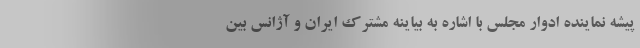
پیشه نماینده ادوار مجلس با اشاره به بیاینه مشترک ایران و آژانس بین